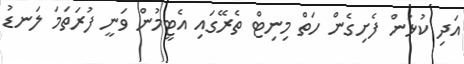
އަދި ކުޅުން ފެށިގެން ހަތް މިނިޓް ތެރޭގައި އެޓީމުން ވަނީ ފުރަތަމަ ލަނޑު